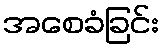
အစေခံခြင်း